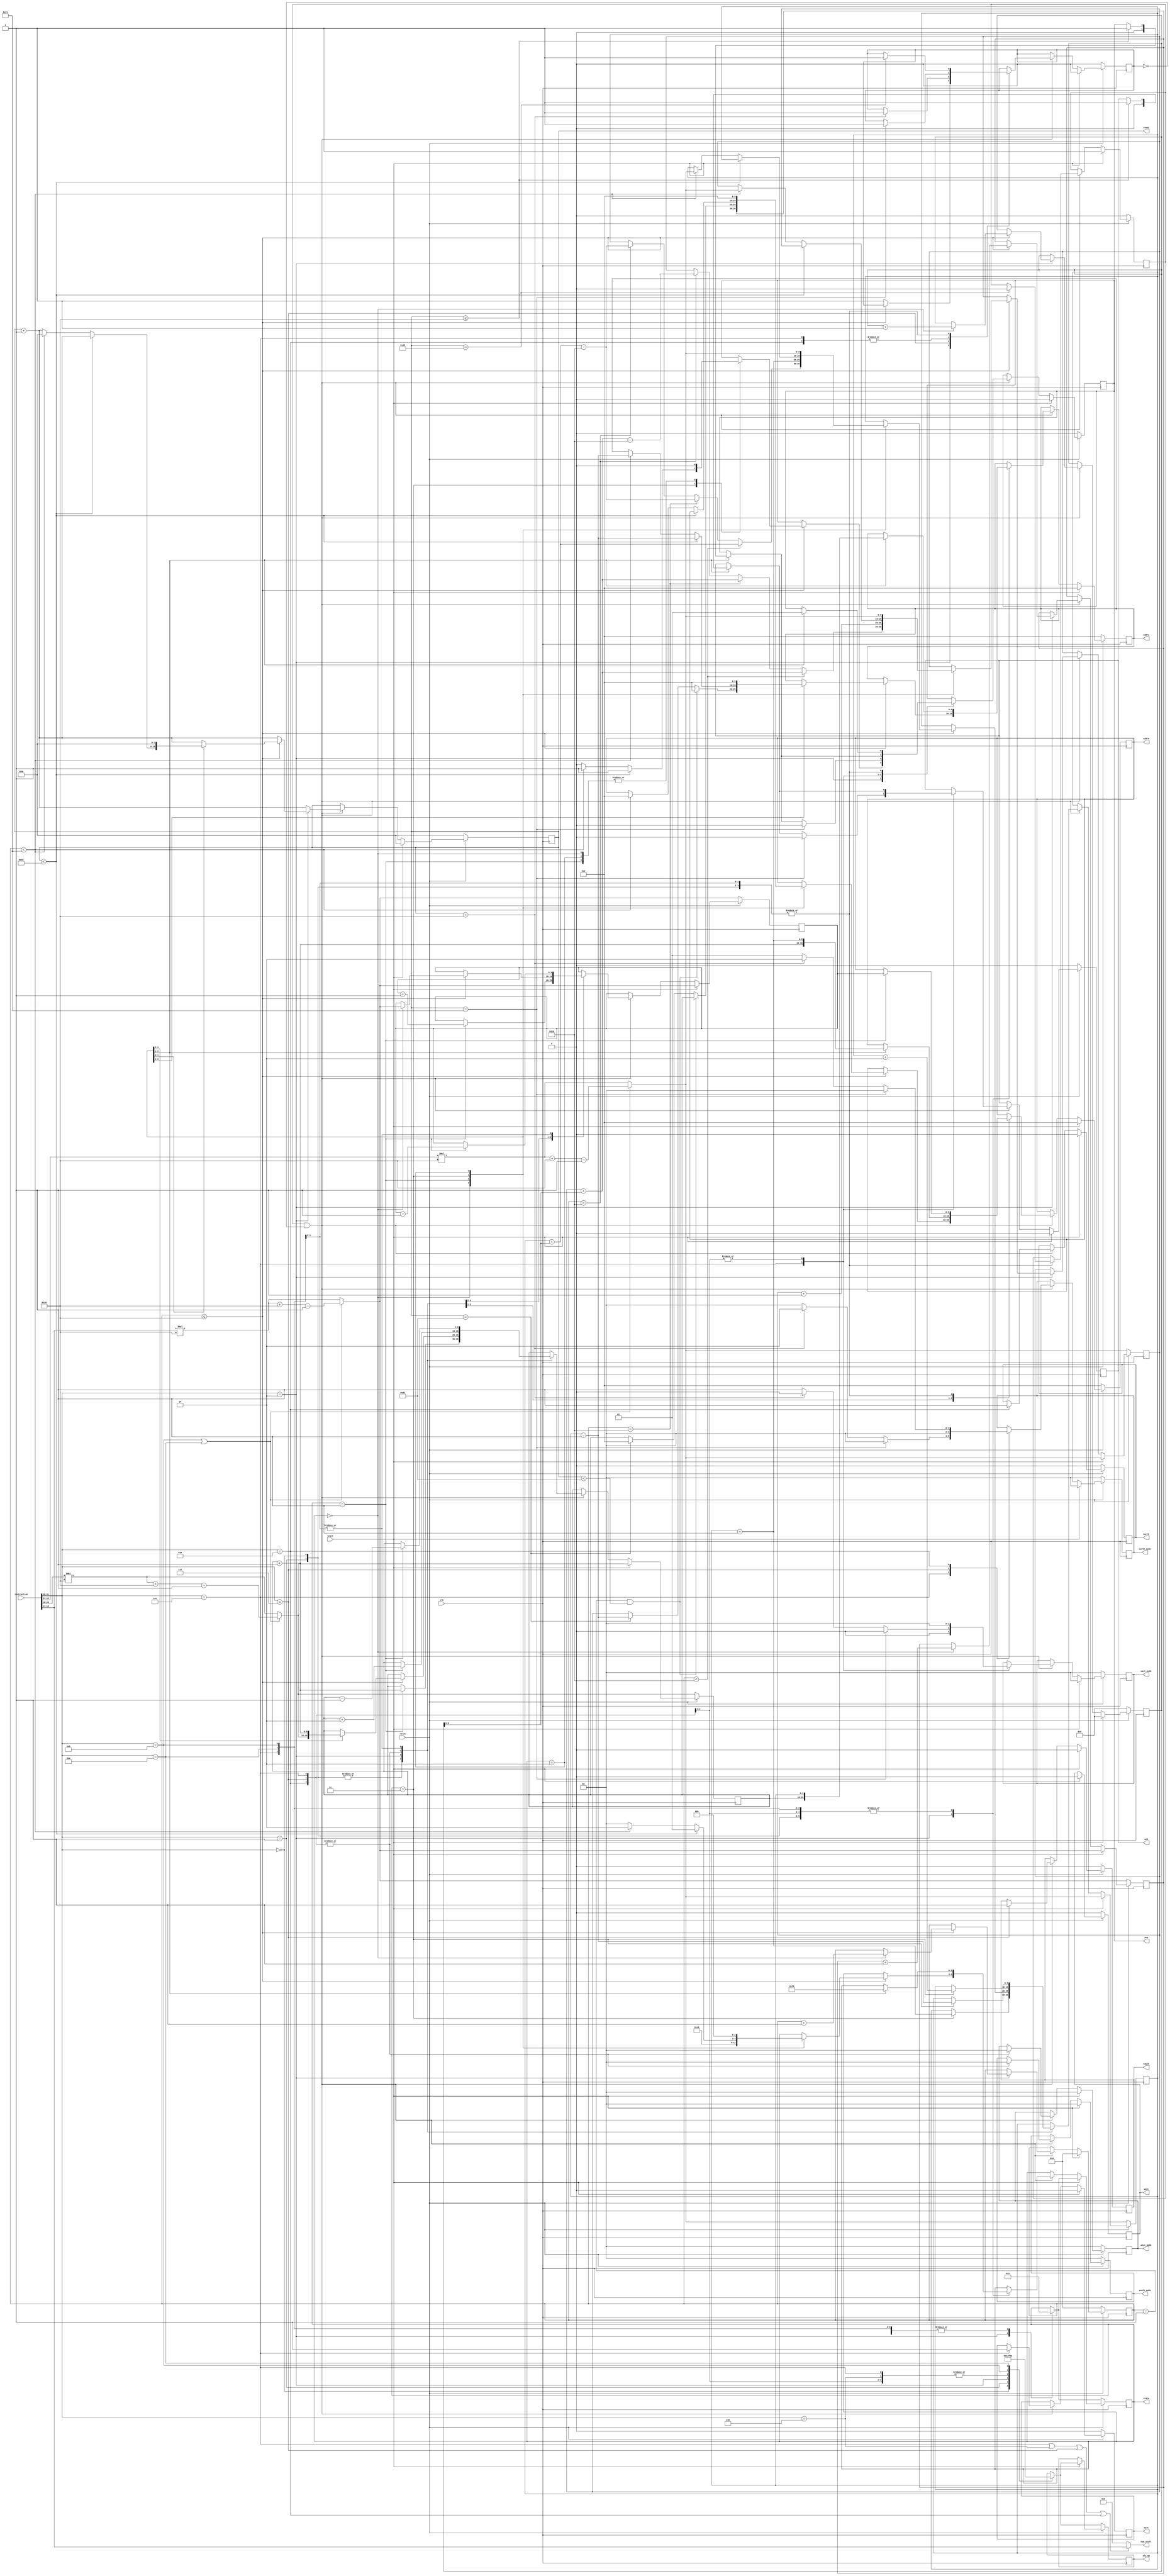
/*
 * Copyright (c) 2022, SPAR-Internal
 * All rights reserved.
 * 
 * Permission is hereby granted, free of charge, to any person obtaining a copy of
 * this software and associated documentation files (the "Software"), to deal in
 * the Software without restriction, including without limitation the rights to
 * use, copy, modify, merge, publish, distribute, sublicense, and/or sell copies
 * of the Software, and to permit persons to whom the Software is furnished to do
 * so, subject to the following conditions:
 * 
 * The above copyright notice and this permission notice shall be included in all
 * copies or substantial portions of the Software.
 * 
 * THE SOFTWARE IS PROVIDED "AS IS", WITHOUT WARRANTY OF ANY KIND, EXPRESS OR
 * IMPLIED, INCLUDING BUT NOT LIMITED TO THE WARRANTIES OF MERCHANTABILITY,
 * FITNESS FOR A PARTICULAR PURPOSE AND NONINFRINGEMENT. IN NO EVENT SHALL THE
 * AUTHORS OR COPYRIGHT HOLDERS BE LIABLE FOR ANY CLAIM, DAMAGES OR OTHER
 * LIABILITY, WHETHER IN AN ACTION OF CONTRACT, TORT OR OTHERWISE, ARISING FROM,
 * OUT OF OR IN CONNECTION WITH THE SOFTWARE OR THE USE OR OTHER DEALINGS IN THE
 * SOFTWARE.
 *
 */


module  Controller  #(parameter LENGTH = 32)
	(
		input clk, 
		input reset,
		input start,
		// input[5:0] LENGTH,
		input[31:0] instruction,
		
		//alu control
        output reg[3:0] alu_op,

		//bram control
        output reg wea,
		output reg web,
		output reg[9:0] addra, 
		output reg[9:0] addrb,

		//move control
		output reg east, 
		output reg west, 
		output reg south, 
		output reg north,
		output reg[1:0] east_mode,
		output reg[1:0] west_mode,
		output reg[1:0] south_mode,
		output reg[1:0] north_mode,
		output [4:0] num_shift,

		//other helper signals
		output reg[7:0] count, //debug: was [6:0]
		// output reg bram_init_flag,
		// output reg[15:0] bram_init_d,
		// output reg finish_flag,
		output reg[2:0] state //debug:
    );

parameter  Q = 3'b000, OP = 3'b001, SHIFT = 3'b010, WB = 3'b011, DFF_BRAM = 3'b100, DFF_ALU = 3'b101; //debug:


wire[9:0] rs1_base, rs2_base, rd_base, rd_up_base;
wire[5:0] opcode;

reg[31:0] offset;
reg[9:0] rs1_ptr, rs2_ptr, rd_ptr, rd_up_ptr, q_ptr, shift_ptr;
reg[10:0] ram_ptr;
reg[6:0] iter;
reg start_flag;

reg finish_flag;

integer i;

assign rd_base    = (opcode == 9 || opcode == 10) ? instruction[25:21]*LENGTH+LENGTH-1 : instruction[25:21]*LENGTH;
assign rs1_base   = (opcode == 9 || opcode == 10) ? instruction[20:16]*LENGTH+LENGTH-1 : instruction[20:16]*LENGTH;
assign rs2_base   = (opcode == 9 || opcode == 10) ? instruction[15:11]*LENGTH+LENGTH-1 : instruction[15:11]*LENGTH;
assign rd_up_base = instruction[25:21]*LENGTH+LENGTH;

assign opcode = instruction[31:26];
assign num_shift = (opcode == 5 || opcode == 6 || opcode == 7 || opcode == 8)? instruction[15:11]: 5'b0;


always @ (posedge clk)
begin
	
	if (reset == 0) begin

		//bram control
		wea			<=	0;
		web			<=	0;
		addra		<=	0;
		addrb		<=	0;
		//bram intialization signals
		// bram_init_d	<=	0;
		// bram_init_flag	<=	1;
		//move control
		east		<=	0;
		west		<=	0;
		south		<=	0;
		north		<=	0;
		east_mode	<=	0;
		west_mode	<= 	0;
		south_mode	<=	0;
		north_mode	<=	0;
		//pointer initial values
		rs1_ptr 	<= rs1_base;
		rs2_ptr 	<= rs2_base;
		rd_ptr 		<= rd_base;
		rd_up_ptr 	<= rd_base;
		q_ptr		<= rs2_base;
		shift_ptr	<= rd_base;
		ram_ptr		<=	'h400;
		//other helper signals
		count		<=	0;
		iter		<=	0;
		offset		<= 	0;
		//start and finish flags
		start_flag	<= 	0;
		finish_flag	<=	0;

		case(opcode)
			0:	begin
				//alu control
				alu_op		<=	0;
				//initial state
				state		<=	OP;
				end
			1:	begin
				//alu control
				alu_op		<=	1;
				//initial state
				state		<=	OP;
				end
			2:	begin
				//alu control
				alu_op		<=	2;
				//initial state
				state		<=	Q;		
				end
			5,6,7,8: 	begin
				//alu control
				alu_op		<=	'hf;
				//initial state
				state		<=	OP;
				end
			9:	begin
				//alu control
				alu_op		<=	9;
				//initial state
				state		<=	OP;
				end
			10:	begin
				//alu control
				alu_op		<=	10;
				//initial state
				state		<=	OP;
				end
		endcase	
		
	end

	else if(start) begin
		//bram control
		wea			<=	0;
		web			<=	0;
		addra		<=	0;
		addrb		<=	0;
		//bram initialization
		// bram_init_d	<=	0;
		// bram_init_flag	<=	0;
		//move control
		east		<=	0;
		west		<=	0;
		south		<=	0;
		north		<=	0;
		east_mode	<=	0;
		west_mode	<=	0;
		south_mode	<=	0;
		north_mode	<=	0;

		//pointer initial values
		rs1_ptr 	<= rs1_base;
		rs2_ptr 	<= rs2_base;
		rd_ptr 		<= rd_base;
		rd_up_ptr 	<= rd_base;
		q_ptr		<= rs2_base;
		shift_ptr	<= rd_base;
		ram_ptr		<=	0;
		//other helper signals
		count		<=	0;
		iter		<=	0;
		offset		<= 	0;
		//start finish flags
		start_flag	<= 	1;
		finish_flag	<=	0;

		case(opcode)
			0:	begin
				//alu control
				alu_op		<=	0;
				//initial state
				state		<=	OP;
				end
			1:	begin
				//alu control
				alu_op		<=	1;
				//initial state
				state		<=	OP;
				end
			2:	begin
				//alu control
				alu_op		<=	2;
				//initial state
				state		<=	Q;
				end
			5,6,7,8: 	begin		//update
				//alu control
				alu_op		<=	'hf;
				//initial state
				state		<=	OP;
				end			
			9:	begin
				//alu control
				alu_op		<=	9;
				//initial state
				state		<=	OP;
				end
			10:	begin
				//alu control
				alu_op		<=	10;
				//initial state
				state		<=	OP;
				end
		endcase	
	end
	
	else if(start_flag&&!finish_flag) begin
		count <= count + 1;
		case(opcode)
		0,1:	begin
				case(state)
				OP: begin
					//update source pointers
					rs1_ptr		<= rs1_ptr + 1;
					rs2_ptr 	<= rs2_ptr + 1;
					//set bram addresses and write enable
					addra 		<= rs1_ptr;
					addrb 		<= rs2_ptr;
					wea 		<= 0;
					//next state
					state 		<= WB;
				end
				/*DFF_BRAM: begin //debug:
					//next state
					state 		<= DFF_ALU;
				end
				DFF_ALU: begin
					//next state
					state 		<= WB;
				end*/
				WB: begin
					//update destination pointer
					rd_ptr 		<= rd_ptr + 1;
					//set bram addresses and write enable
					addra 		<= rd_ptr;
					wea 		<= 1;
					//next state
					state 		<= OP;
				end
				endcase
				//break when done
				if(count==2*LENGTH) begin //debug: was 2*LENGTH
					start_flag	<= 0;
					finish_flag <= 1;
				end
			end
		2:	begin
				
				if(iter<=LENGTH) begin
				case(state)
				Q: begin
					//update pointers
					rs1_ptr 	<= rs1_base;
					rs2_ptr 	<= rs2_base;
					q_ptr 		<= q_ptr + 1;
					//set bram addresses and write enable
					addrb 		<= q_ptr;
					wea 		<= 0;
					//update other signals
					iter 		<= iter + 1;
					offset		<= offset + 1;
					//next state
					state 		<= OP;
					if(iter<LENGTH/2) begin				
					rd_ptr		<= rd_ptr + offset;
					rd_up_ptr	<= rd_up_ptr + offset;
					end
					else if(iter==LENGTH/2) begin
					rd_ptr		<= rd_ptr + offset-LENGTH/2;
					rd_up_ptr	<= rd_up_ptr + offset;
					end
					else if(iter>LENGTH/2) begin
					rd_ptr		<= rd_ptr + offset - LENGTH/2;
					rd_up_ptr	<= rd_up_ptr + offset - LENGTH/2;
					end
				end
				OP: begin
					
					//update pointers
					rd_up_ptr	<= rd_up_ptr + 1;
					rd_ptr 		<= rd_ptr + 1;
					rs1_ptr		<= rs1_ptr + 1;
					
					///////////////setting bram addresses//////////
					//let source point to 0 for the first iteration to overwrite old values in the register
					if(iter==1 && count<(2*LENGTH)+1) begin //debug: was (2*LENGTH)+1
						addra <= 0;
						addrb <= rs1_ptr;
					end
					//set addresses to extend the last bit using addition or subtraction with 0
					else if(count==(2*LENGTH)+1) begin //debug: was (2*LENGTH)+1
						addra 	<= rd_ptr - 1;
						addrb 	<= 0;
					end
					//if iteration is not 1
					else begin
						addra  	<= rd_up_ptr;
						addrb 	<= rs1_ptr;
					end
					wea 	<= 0;
					//next state
					state 		<= WB;			
				end
				/*DFF_BRAM: begin //debug:
					//next state
					state 		<= DFF_ALU;
				end
				DFF_ALU: begin //debug:
					//next state
					state 		<= WB;
				end*/
				WB: begin
				
					if(count<(2*LENGTH)+2) begin //debug: was (2*LENGTH)+2
						addra 		<= rd_ptr-1;
						wea 		<= 1;

						state 		<= OP;
					end 
					//shift only before last iteration
					else if(iter<LENGTH+1) begin
						rd_ptr		<= rd_base;
						rd_up_ptr	<= rd_base;

						addra		<= rd_ptr-1;
						addrb		<= 0;
						wea			<= 1;

						count 		<= 0;

						state 		<= SHIFT;
						
					end
					//no shift last iteration 
					else begin
						wea 		<= 0;

						state 		<= Q;
					end
					
				
				end
				SHIFT: begin

					
					rd_ptr		<= rd_base;
					rd_up_ptr	<= rd_base;
					
					addra		<= 0;
					addrb 		<= 0;
					wea			<= 0;
					
					count 		<= 0;
					
					state 		<= Q;
				end
				endcase
				end
				else finish_flag <= 1;
				
			end
		5: 	begin //east 
				east	<= 1;
				east_mode	<=	1; 
				west_mode	<=	0;
				south_mode	<=	0;
				north_mode	<=	0;

				case(state)
				OP: begin
					rs1_ptr		<= rs1_ptr + 2;

					addra 		<= rs1_ptr;
					addrb 		<= rs1_ptr+1;
					wea 		<= 0;
					web			<= 0;

					state 		<= WB;
				end
				/*DFF_BRAM: begin //debug:
					//next state
					state 		<= WB;
				end*/
				WB: begin
					rd_ptr		<= rd_ptr + 2;

					addra		<= rd_ptr;
					addrb		<= rd_ptr+1;
					if(count<=LENGTH) begin //debug: was count<=LENGTH
						wea 		<= 1;
						web			<= 1;
					end

					state 		<= OP;
				end
				endcase
				if(count==LENGTH) begin		//debug: was count==LENGTH
					east_mode	<=	0; 
					north_mode	<=	2;	//latch data from east buffer
				end
				if(count==LENGTH+1) begin	//debug: was count==LENGTH+1
					finish_flag <=  1;
					east_mode	<=	0; 
					north_mode	<=	0;
					wea 		<= 0; //debug: added
					web			<= 0; //debug: added
				end
			end
	
		7: 	begin //south 				//update
				south	<= 1;
				east_mode	<=	0; 
				west_mode	<=	0;
				south_mode	<=	0;
				north_mode	<=	0;
				
				case(state)
				OP: begin
					rs1_ptr		<= rs1_ptr + 2;

					addra 		<= rs1_ptr;
					addrb 		<= rs1_ptr+1;
					wea 		<= 0;
					web			<= 0;

					state 		<= WB;
				end
				/*DFF_BRAM: begin //debug:
					//next state
					state 		<= WB;
				end*/
				WB: begin
					rd_ptr		<= rd_ptr + 2;

					addra		<= rd_ptr;
					addrb		<= rd_ptr+1;
					if(count<=LENGTH) begin
						wea 		<= 1;
						web			<= 1;
					end

					state 		<= OP;
				end
				endcase
				if(count==LENGTH) begin
					finish_flag <=  1;
				end
			end
		8: 	begin //north				//update
				north	<= 1;
				east_mode	<=	0; 
				west_mode	<=	0;
				south_mode	<=	0;
				north_mode	<=	1;

				case(state)
				OP: begin
					rs1_ptr		<= rs1_ptr + 2;

					addra 		<= rs1_ptr;
					addrb 		<= rs1_ptr+1;
					wea 		<= 0;
					web			<= 0;

					state 		<= WB;
				end
				/*DFF_BRAM: begin //debug:
					//next state
					state 		<= WB;
				end*/
				WB: begin
					rd_ptr		<= rd_ptr + 2;

					addra		<= rd_ptr;
					addrb		<= rd_ptr+1;
					if(count<=LENGTH) begin
						wea 		<= 1;
						web			<= 1;
					end

					state 		<= OP;
				end
				endcase
				if(count==LENGTH) begin
					north_mode	<=	2;	//latch data from east buffer
				end
				if(count==LENGTH+1) begin
					north_mode	<=	0;
					finish_flag <=  1;
				end
			end
		9:
			begin
				case(state)
				OP: begin
					//update source pointers
					rs1_ptr		<= rs1_ptr - 1;
					rs2_ptr 	<= rs2_ptr - 1;
					//set bram addresses and write enable
					addra 		<= rs1_ptr;
					addrb 		<= rs2_ptr;
					wea 		<= 0;
					//next state
					state 		<= WB;
				end
				/*DFF_BRAM: begin //debug:
					//next state
					state 		<= DFF_ALU;
				end
				DFF_ALU: begin
					//next state
					state 		<= WB;
				end*/
				WB: begin
					//update destination pointer
					rd_ptr 		<= rd_ptr - 1;
					//set bram addresses and write enable
					addra 		<= rd_ptr;
					wea 		<= 1;
					//next state
					state 		<= OP;
				end
				endcase
				//break when done
				if(count==2*LENGTH) begin //debug: was 2*LENGTH
					start_flag	<= 0;
					finish_flag <= 1;
				end
			end		
		10:
			begin
				case(state)
				OP: begin
					//update source pointers
					rs1_ptr		<= rs1_ptr - 1;
					rs2_ptr 	<= rs2_ptr - 1;
					//set bram addresses and write enable
					addra 		<= rs1_ptr;
					addrb 		<= rs2_ptr;
					wea 		<= 0;
					//next state
					state 		<= WB;
				end
				/*DFF_BRAM: begin //debug:
					//next state
					state 		<= DFF_ALU;
				end
				DFF_ALU: begin
					//next state
					state 		<= WB;
				end*/
				WB: begin
					//update destination pointer
					rd_ptr 		<= rd_ptr - 1;
					//set bram addresses and write enable
					addra 		<= rd_ptr;
					wea 		<= 1;
					//next state
					state 		<= OP;
				end
				endcase
				//break when done
				if(count==2*LENGTH) begin //debug: was 2*LENGTH
					start_flag	<= 0;
					finish_flag <= 1;
				end
			end
		endcase
		end
end
endmodule